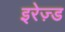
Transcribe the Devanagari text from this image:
इरेज़्ड